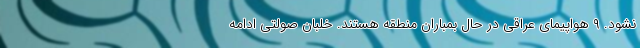
نشود. ۹ هواپیمای عراقی در حال بمباران منطقه هستند. خلبان صولتی ادامه